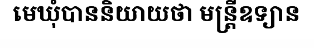
មេឃុំបាននិយាយថា មន្ត្រីឧទ្យាន